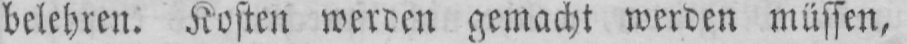
belehren. Kosten werden gemacht werden müssen,